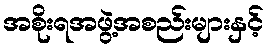
အစိုးရအဖွဲ့အစည်းများနှင့်